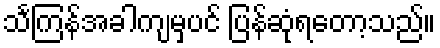
သင်္ကြန်အခါကျမှပင် ပြန်ဆုံရတော့သည်။